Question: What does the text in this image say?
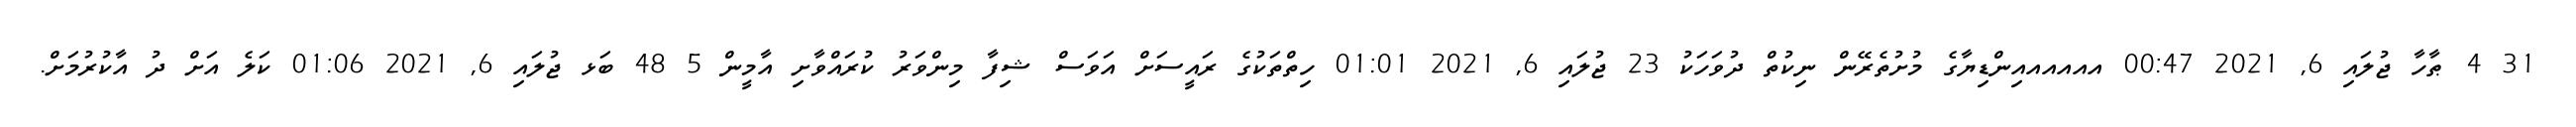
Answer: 31 4 ޠާހާ ޖުލައި 6, 2021 00:47 އއއއއއިންޑިޔާގެ މުށުތެރޭން ނިކުތް ދުވަހަކު 23 ޖުލައި 6, 2021 01:01 ހިތްތަކުގެ ރައީސަށް އަވަސް ޝިފާ މިންވަރު ކުރައްވާށި އާމީން 5 48 ބަޅ ޖުލައި 6, 2021 01:06 ކަލެ އަށް ދު އާކުރުމަށް.